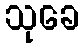
သုခေ